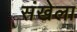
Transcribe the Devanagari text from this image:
संखेला